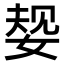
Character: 𫰹